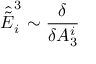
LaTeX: { \hat { \tilde { E } } } _ { i } ^ { 3 } \sim { \frac { \delta } { \delta A _ { 3 } ^ { i } } }